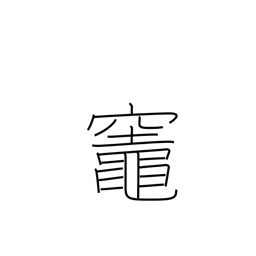
Meaning: kitchen stove